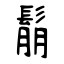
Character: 鬅